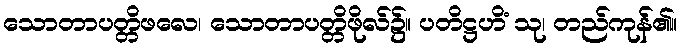
သောတာပတ္တိဖလေ၊ သောတာပတ္တိဖိုလ်၌။ ပတိဋ္ဌဟိံ သု၊ တည်ကုန်၏။